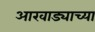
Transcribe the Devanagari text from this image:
आखाड्याच्या